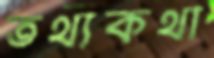
তথ্যকথা